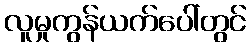
လူမှုကွန်ယက်ပေါ်တွင်